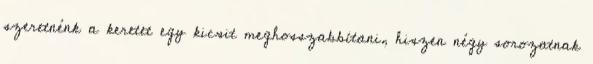
szeretnénk a keretet egy kicsit meghosszabbítani, hiszen négy sorozatnak